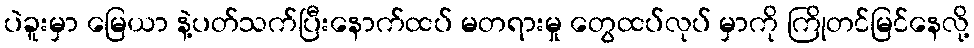
ပဲခူးမှာ မြေယာ နဲ့ပတ်သက်ပြီးနောက်ထပ် မတရားမှု တွေထပ်လုပ် မှာကို ကြိုတင်မြင်နေလို့